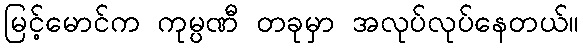
မြင့်မောင်က ကုမ္ပဏီ တခုမှာ အလုပ်လုပ်နေတယ်။